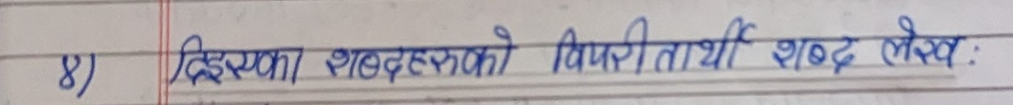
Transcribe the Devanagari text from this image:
८) दिइएका शब्दहरुको विपरितार्थी शब्द लेख: